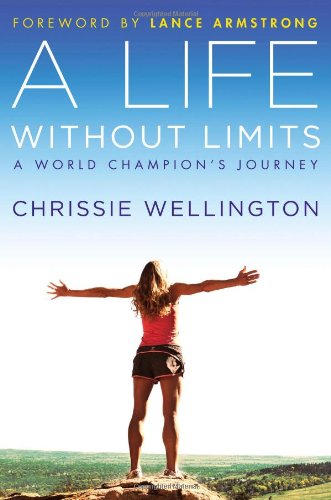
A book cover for A Life Without Limits: A World Champion's Journey; Chrissie Wellington; Sports & Outdoors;